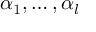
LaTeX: \alpha _ { 1 } , \dots , \alpha _ { l }